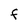
Character: F